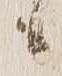
候